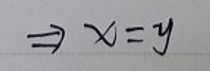
$\Rightarrow x = y$